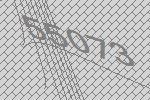
55073